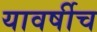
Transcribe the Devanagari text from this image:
यावर्षीच